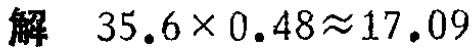
解 \(35.6\times0.48\approx17.09\)